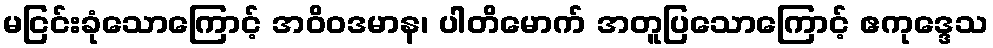
မငြင်းခုံသောကြောင့် အဝိဝဒမာန၊ ပါတိမောက် အတူပြသောကြောင့် ဧကုဒ္ဒေသ